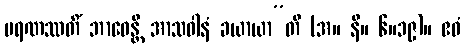
မရဏဿတိံ ဘာဝေန္တိ အာသဝါနံ ခယာယာ”တိ (အ။ နိ။ ၆။၁၉)။ ဧဝံ